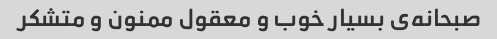
صبحانه‌ی بسیار خوب و معقول ممنون و متشکر